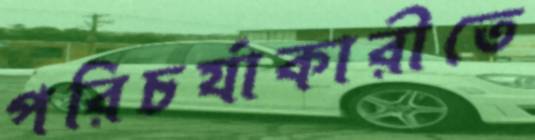
পরিচর্যাকারীতে